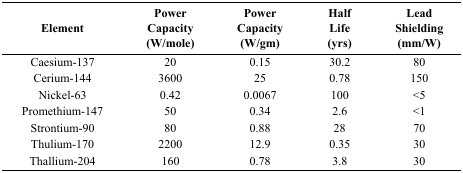
| Element | Power Capacity (W/mole) | Power Capacity (W/gm) | Half Life (yrs) | Lead Shielding (mm/W) |
 | --- | --- | --- | --- | --- |
 | Caesium-137 | 20 | 0.15 | 30.2 | 80 |
 | Cerium-144 | 3600 | 25 | 0.78 | 150 |
 | Nickel-63 | 0.42 | 0.0067 | 100 | <5 |
 | Promethium-147 | 50 | 0.34 | 2.6 | <1 |
 | Strontium-90 | 80 | 0.88 | 28 | 70 |
 | Thulium-170 | 2200 | 12.9 | 0.35 | 30 |
 | Thallium-204 | 160 | 0.78 | 3.8 | 30 |